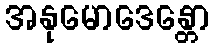
အနုမောဒေန္တော